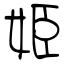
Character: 姫